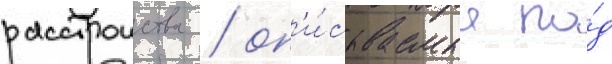
расстроиства / оп'и́сываемые по́д